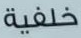
خلفية